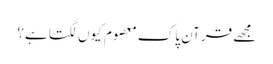
مجھے قرآنِ پاک معصوم کیوں لگتا ہے؟